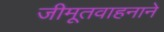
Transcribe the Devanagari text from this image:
जीमूतवाहनाने